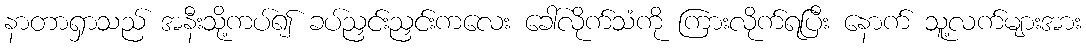
နာတာရှာသည် အနီးသို့ကပ်၍ ခပ်ညှင်းညှင်းကလေး ခေါ်လိုက်သံကို ကြားလိုက်ရပြီး နောက် သူ့လက်များအား